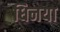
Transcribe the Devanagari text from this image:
धिनया